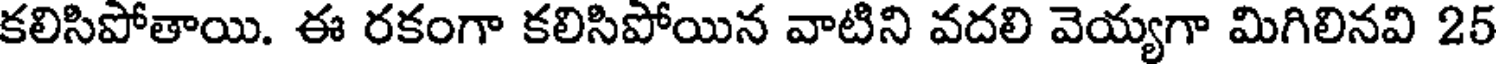
కలిసిపోతాయి. ఈ రకంగా కలిసిపోయిన వాటిని వదలి వెయ్యగా మిగిలినవి 25